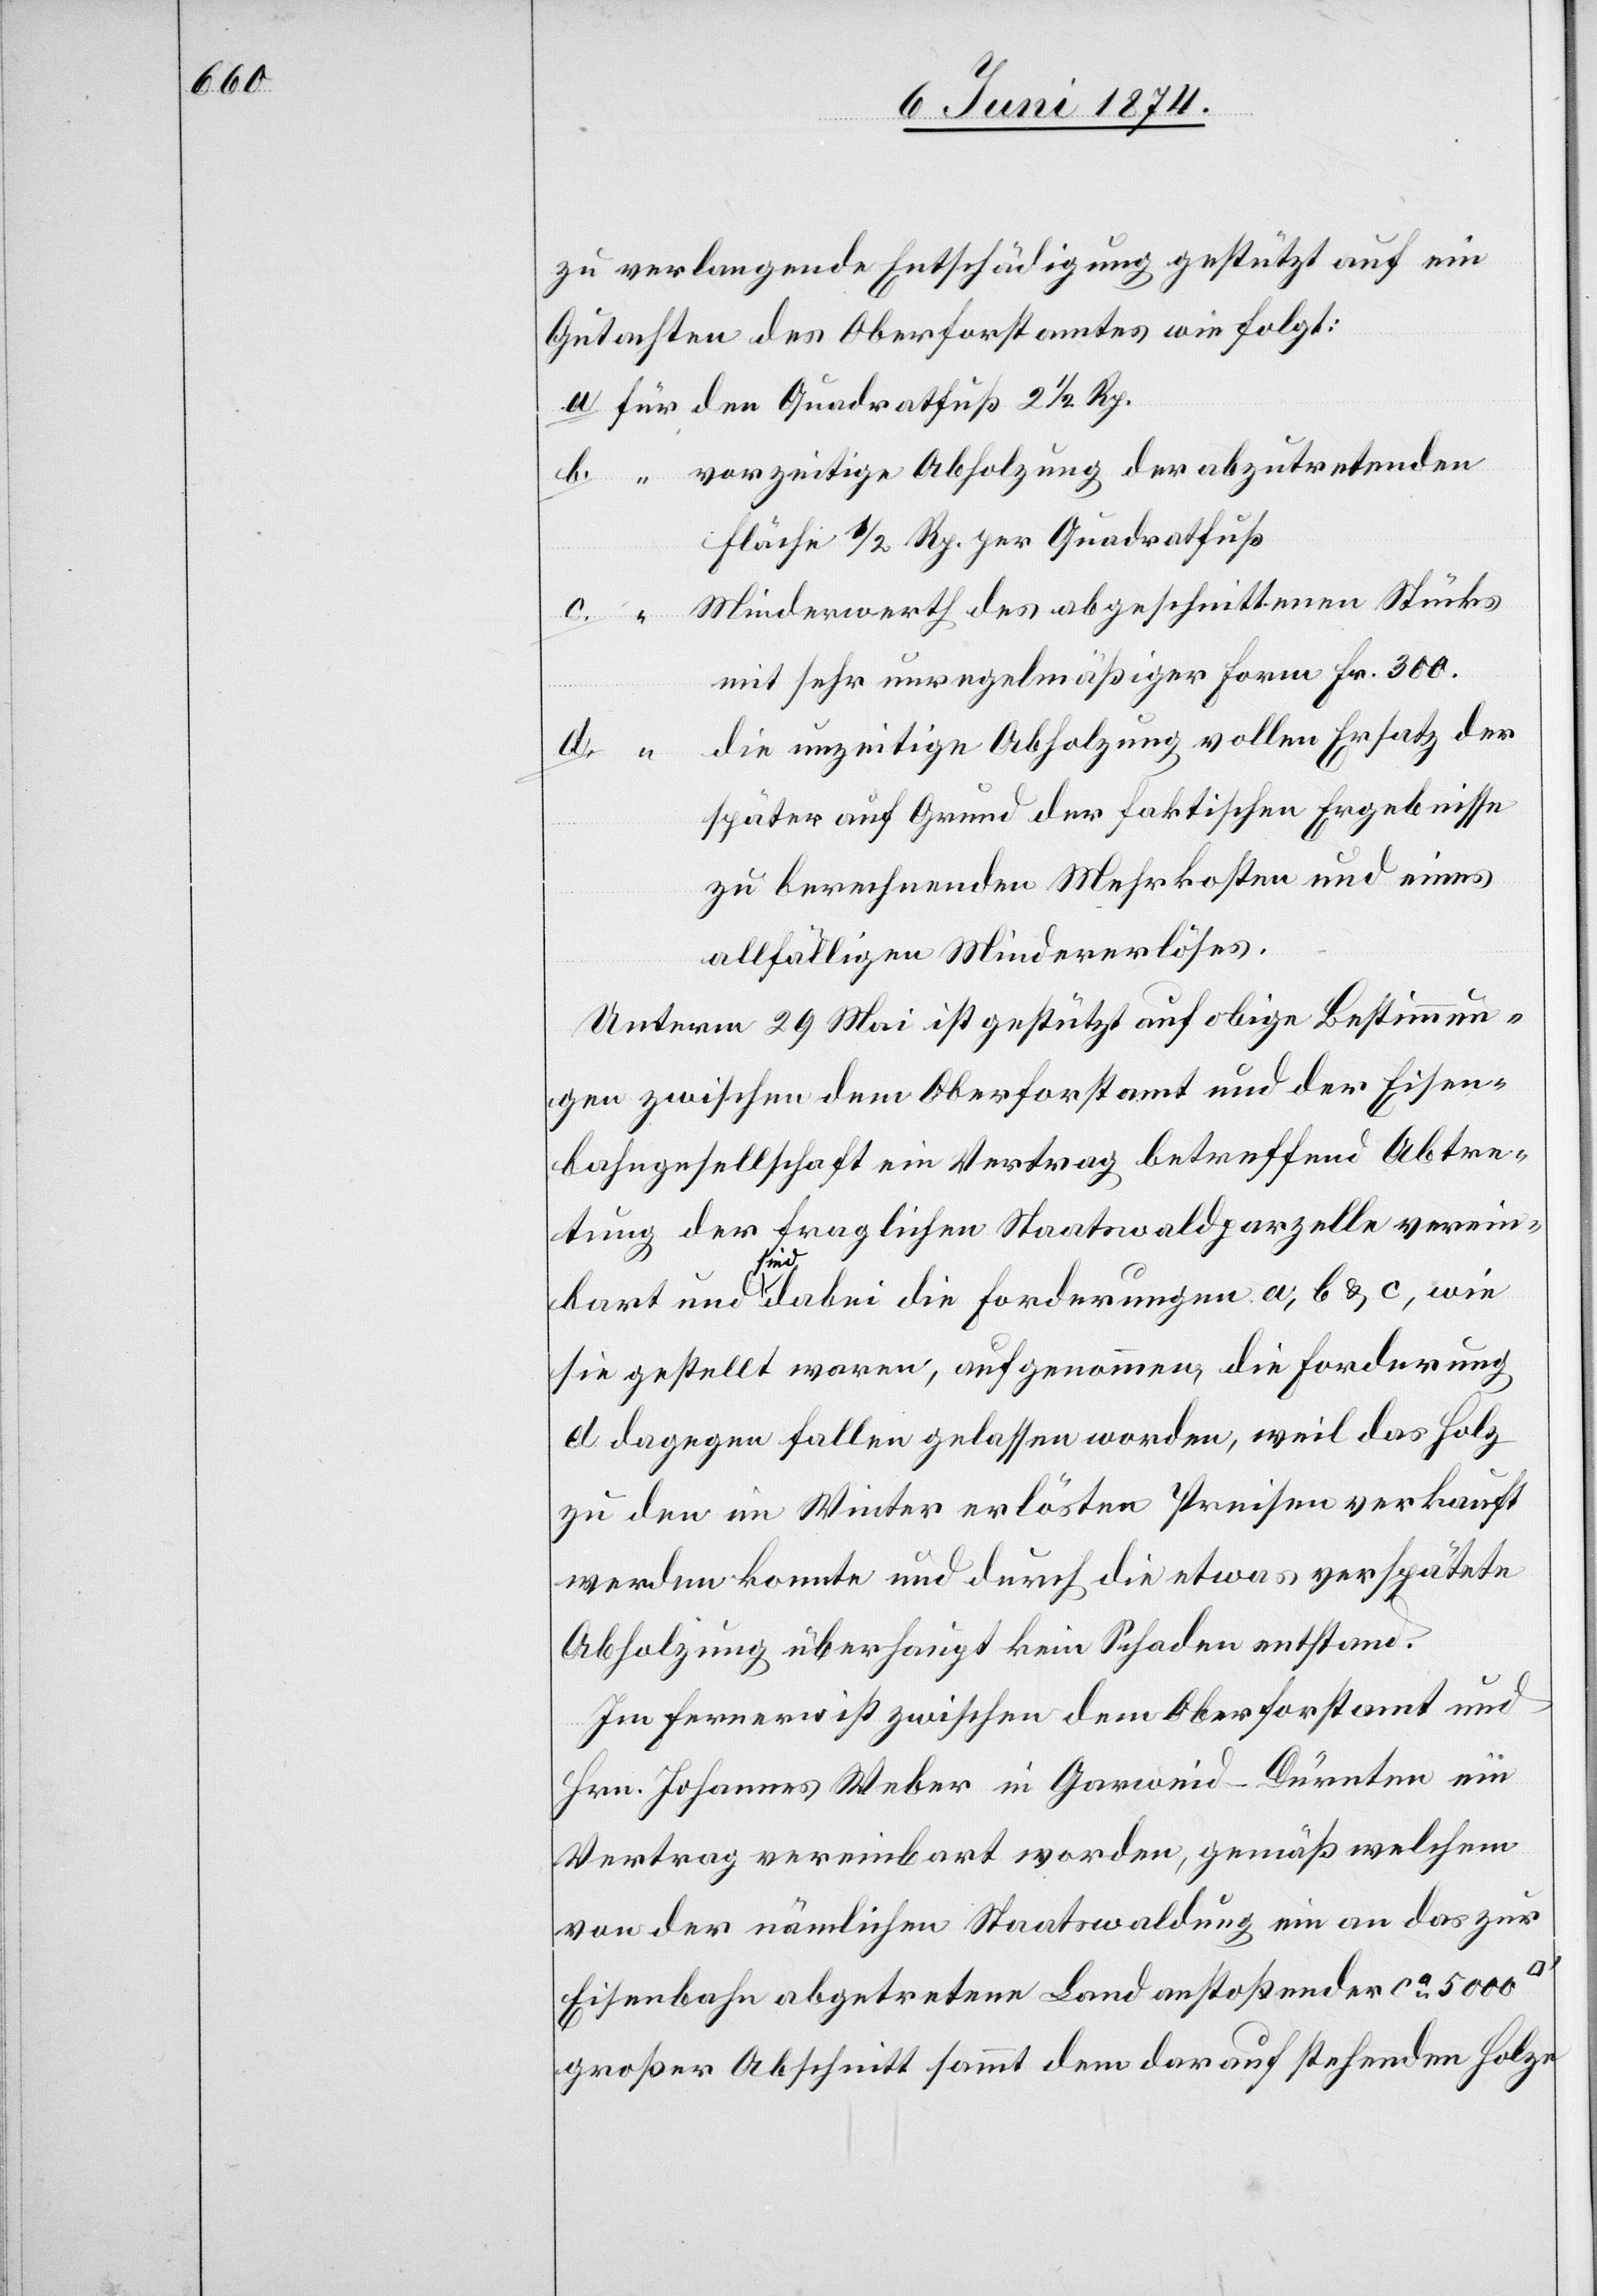
zu verlangende Entschädigung gestützt auf ein
Gutachten des Oberforstamtes wie folgt:
a. für den Quadratfuß 2 1/2 Rp.
b. “ vorzeitige Abholzung der abzutretenden
Fläche 1/2 Rp. per Quadratfuß.
Minderwerth des abgeschnittenen Stücks
d. “
mit sehr unregelmäßiger Form Fr. 300.
die unzeitige Abholzung vollen Ersatz der
später auf Grund der faktischen Ergebnisse
zu berechnenden Mehrkosten und eines
allfälligen Mindererlöses.
Unterm 29. Mai ist gestützt auf obige Bestimmun¬
gen zwischen dem Oberforstamt und der Eisen¬
bahngesellschaft ein Vertrag betreffend Abtre¬
tung der fraglichen Staatswaldparzelle verein¬
bart und sind dabei die Forderungen a, b u. c, wie
sie gestellt waren, aufgenommen, die Forderung
d dagegen fallen gelassen worden, weil das Holz
zu den im Winter erlösten Preisen verkauft
werden konnte und durch die etwas verspätete
Abholzung überhaupt kein Schaden entstand.
Im Fernern ist zwischen dem Oberforstamt und
Hrn. Johannes Weber in Garweid-Dürnten ein
Vertrag vereinbart worden, gemäß welchem
von der nämlichen Staatswaldung ein an das zur
Eisenbahn abgetretene Land anstoßender ca 5000
großer Abschnitt sammt dem darauf stehenden Holze